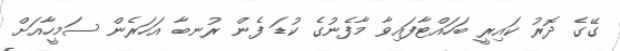
ގޭގެ ދޮރު ކައިރީ ބަހައްޓާފައިވާ މާފެނުގެ ކުޑަ ފެން ރުނބާ އަހަރެން ސަމީހާއަށް